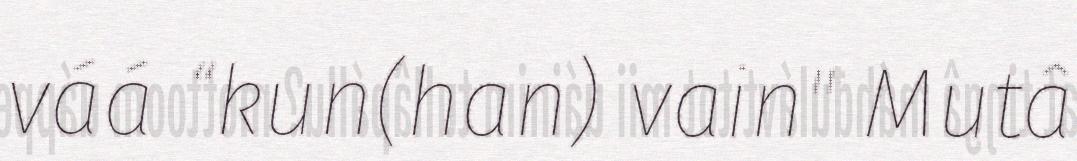
váá “kun(han) vain" Mutâ